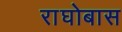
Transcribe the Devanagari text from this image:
राघोबास